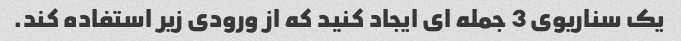
یک سناریوی 3 جمله ای ایجاد کنید که از ورودی زیر استفاده کند.